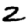
Digit: 2